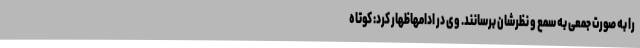
را به صورت جمعی به سمع و نظرشان برسانند. وی در ادامهاظهار کرد: کوتاه